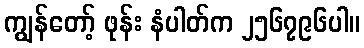
ကျွန်တော့် ဖုန်း နံပါတ်က ၂၅၆၇၉၆ပါ။